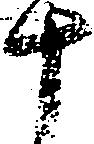
十